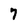
Character: 7